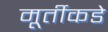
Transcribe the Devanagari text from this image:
मूर्तीकडे